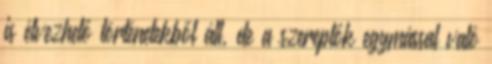
is élvezhető történetekből áll, de a szereplők egymással való